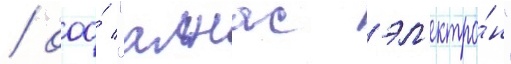
/ ооо́ "алнас эл'ектро́н"